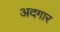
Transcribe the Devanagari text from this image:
अदगार